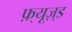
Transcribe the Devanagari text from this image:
फ़्यूज़्ड